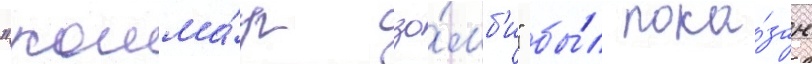
"кошма́р зо́мб'и" бы́л пока́зан